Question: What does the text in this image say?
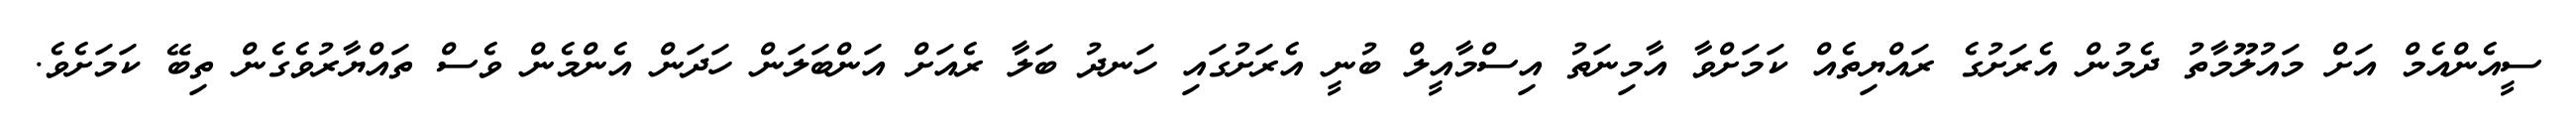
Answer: ސީއެންއެމް އަށް މައުލޫމާތު ދެމުން އެރަށުގެ ރައްޔިތެއް ކަމަށްވާ އާމިނަތު އިސްމާއީލް ބުނީ އެރަށުގައި ހަނދު ބަލާ ރެއަށް އަންބަލަން ހަދަން އެންމެން ވެސް ތައްޔާރުވެގެން ތިބޭ ކަމަށެވެ.